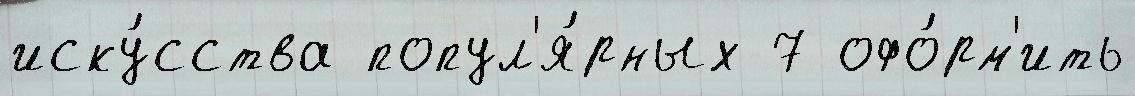
иску́сства попул'я́рных 7 офо́рм'ить